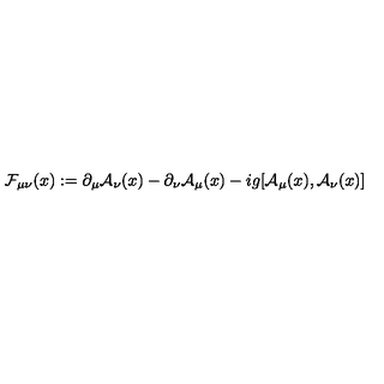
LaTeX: { \cal F } _ { \mu \nu } ( x ) : = \partial _ { \mu } { \cal A } _ { \nu } ( x ) - \partial _ { \nu } { \cal A } _ { \mu } ( x ) - i g [ { \cal A } _ { \mu } ( x ) , { \cal A } _ { \nu } ( x ) ]